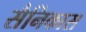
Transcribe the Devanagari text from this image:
सैनिकास